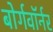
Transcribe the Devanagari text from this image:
बोर्गवॉर्नर